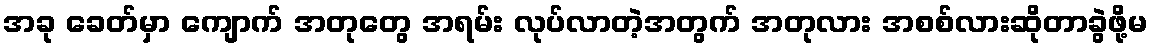
အခု ခေတ်မှာ ကျောက် အတုတွေ အရမ်း လုပ်လာတဲ့အတွက် အတုလား အစစ်လားဆိုတာခွဲဖို့မ